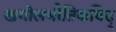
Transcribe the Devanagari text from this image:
खगोलभौतिकविद्